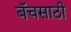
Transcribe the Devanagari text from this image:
बॅचसाठी